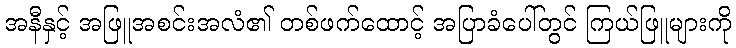
အနီနှင့် အဖြူအစင်းအလံ၏ တစ်ဖက်ထောင့် အပြာခံပေါ်တွင် ကြယ်ဖြူများကို